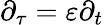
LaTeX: \partial_{\tau}=\varepsilon\partial_{t}